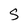
Character: s